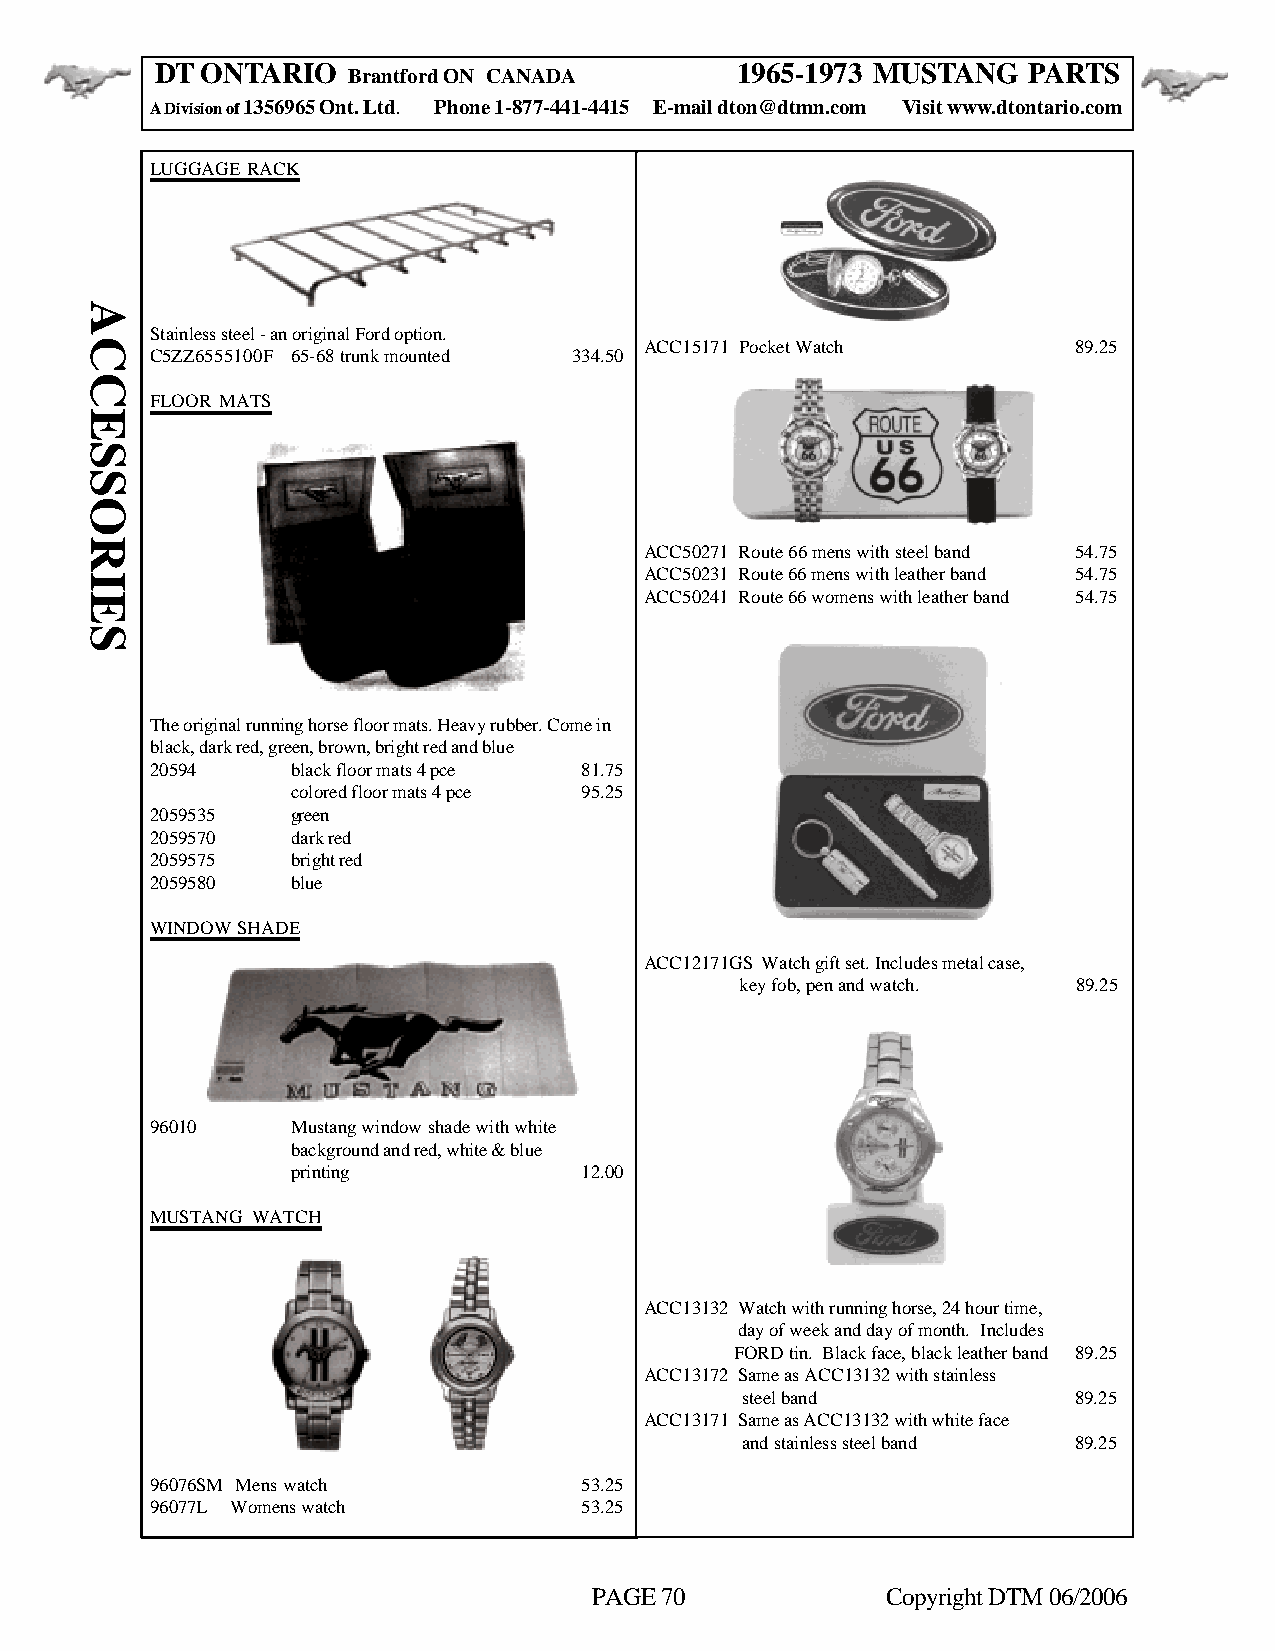
DT ONTARIO                             1965-1973 MUSTANG  PARTS
 Brantford ON CANADA
 A Division of 1356965 Ont. Ltd. Phone 1-877-441-4415 E-mail dton@dtmn.com Visit www.dtontario.com
 LUGGAGE RACK
 Stainless steel - an original Ford option.
 ACC15171 Pocket Watch       89.25
 C5ZZ6555100F 65-68 trunk mounted 334.50
 FLOOR MATS
 ACC50271 Route 66 mens with steel band 54.75
 ACC50231 Route 66 mens with leather band 54.75
 ACC50241 Route 66 womens with leather band 54.75
 The original running horse floor mats. Heavy rubber. Come in
 black, dark red, green, brown, bright red and blue
 20594    black floor mats 4 pce 81.75
 colored floor mats 4 pce 95.25
 2059535  green
 2059570  dark red
 2059575  bright red
 2059580  blue
 WINDOW SHADE
 ACC12171GS Watch gift set. Includes metal case,
 key fob, pen and watch. 89.25
 96010    Mustang window shade with white
 background and red, white & blue
 printing           12.00
 MUSTANG WATCH
 ACC13132 Watch with running horse, 24 hour time,
 day of week and day of month. Includes
 FORD tin. Black face, black leather band 89.25
 ACC13172 Same as ACC13132 with stainless
 steel band            89.25
 ACC13171 Same as ACC13132 with white face
 and stainless steel band 89.25
 96076SM Mens watch          53.25
 96077L Womens watch         53.25
 PAGE 70             Copyright DTM 06/2006
 ACCESSORIES